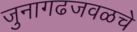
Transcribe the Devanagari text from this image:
जुनागढजवळचे